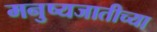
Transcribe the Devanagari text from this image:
मनुष्यजातीच्या